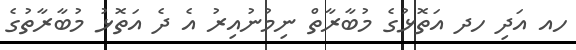
ހއ އަދި ހދ އަތޮޅުގެ މުބާރާތް ނިމުނުއިރު އެ ދެ އަތޮޅު މުބާރާތުގެ